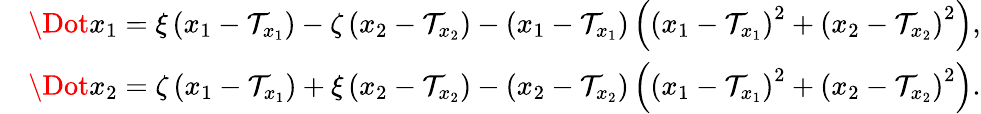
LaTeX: \begin{array}{rl}&{\Dot{x_{1}}=\xi\left(x_{1}-\mathcal{T}_{x_{1}}\right)-\zeta\left(x_{2}-\mathcal{T}_{x_{2}}\right)-\left(x_{1}-\mathcal{T}_{x_{1}}\right)\left(\left(x_{1}-\mathcal{T}_{x_{1}}\right)^{2}+\left(x_{2}-\mathcal{T}_{x_{2}}\right)^{2}\right),}\\ &{\Dot{x_{2}}=\zeta\left(x_{1}-\mathcal{T}_{x_{1}}\right)+\xi\left(x_{2}-\mathcal{T}_{x_{2}}\right)-\left(x_{2}-\mathcal{T}_{x_{2}}\right)\left(\left(x_{1}-\mathcal{T}_{x_{1}}\right)^{2}+\left(x_{2}-\mathcal{T}_{x_{2}}\right)^{2}\right).}\end{array}